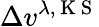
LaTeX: \Delta v^{\lambda,\mathrm{~K~S~}}